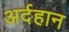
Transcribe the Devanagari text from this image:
अर्दहान